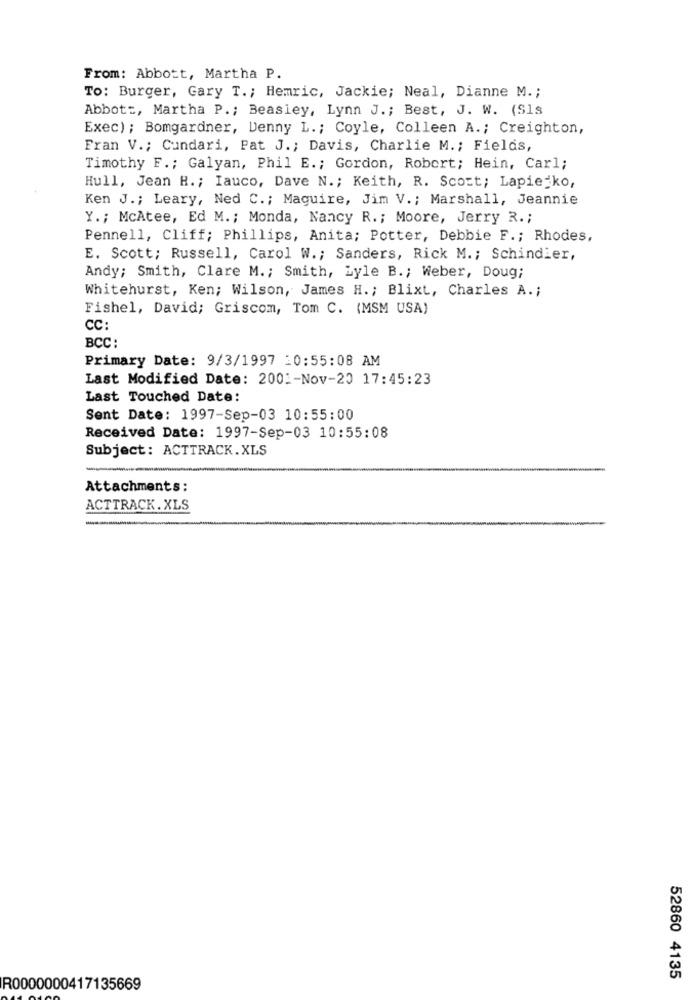
From: Abbott, Martha P.
To: Burger, Gary T .; Hemric, Jackie; Neal, Dianne M .;
Abbott, Martha P .; Beasley, Lynn J .; Best, J. W. (Sls
Exec) ; Bomgardner, Denny L .; Coyle, Colleen A .; Creighton,
Fran V .; Cundari, Pat J .; Davis, Charlie M .; Fields,
Timothy F .; Galyan, Phil E .; Gordon, Robert; Hein, Carl;
Hull, Jean H .; Iauco, Dave N .; Keith, R. Scott; Lapie ko,
Ken J .; Leary, Ned C .; Maguire, Jim V .; Marshall, Jeannie
Y .; McAtee, Ed M .; Monda, Nancy R .; Moore, Jerry R .;
Pennell, Cliff; Phillips, Anita; Potter, Debbie F .; Rhodes,
E. Scott; Russell, Carol W .; Sanders, Rick M .; Schindler,
Andy; Smith, Clare M .; Smith, Lyle B .; Weber, Doug;
Whitehurst, Ken; Wilson, James H .; Blixt, Charles A .;
Fishel, David; Griscom, Tom C. (MSM USA)
CC:
BCC:
Primary Date: 9/3/1997 :0:55:08 AM
Last Modified Date: 2001-Nov-20 17:45:23
Last Touched Date:
Sent Date: 1997-Sep-03 10:55:00
Received Date: 1997-Sep-03 10:55:08
Subject: ACTTRACK.XLS
Attachments:
ACTTRACK. XLS
---
52860 4135
R0000000417135669